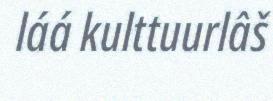
láá kulttuurlâš